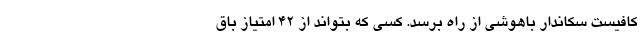
کافیست سکاندار باهوشی از راه برسد. کسی که بتواند از 42 امتیاز باق